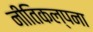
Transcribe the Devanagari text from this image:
नीतिकल्पना